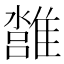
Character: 𩀢